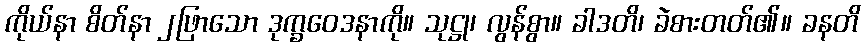
ကိုယ်နာ စိတ်နာ ၂ဖြာသော ဒုက္ခဝေဒနာကို။ သုဋ္ဌု၊ လွန်စွာ။ ခါဒတိ၊ ခဲစားတတ်၏။ ခနတိ